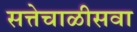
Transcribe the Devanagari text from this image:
सत्तेचाळीसवा